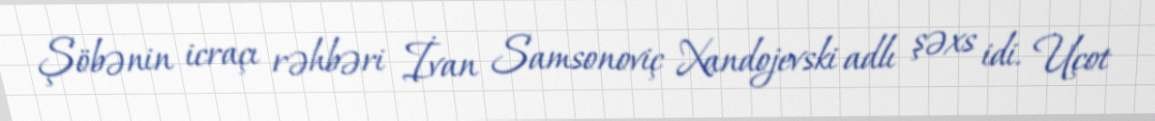
Şöbənin icraçı rəhbəri İvan Samsonoviç Xandojevski adlı şəxs idi. Uçot